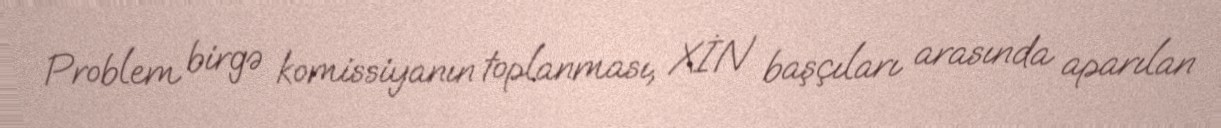
Problem birgə komissiyanın toplanması, XİN başçıları arasında aparılan